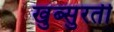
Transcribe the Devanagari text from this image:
खुब्सुरती